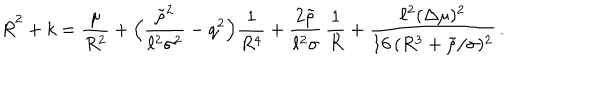
\dot { R } ^ { 2 } + k = \frac { \mu } { R ^ { 2 } } + \Bigl ( \frac { \tilde { \rho } ^ { 2 } } { \ell ^ { 2 } \sigma ^ { 2 } } - q ^ { 2 } \Bigr ) \frac { 1 } { R ^ { 4 } } + \frac { 2 \tilde { \rho } } { \ell ^ { 2 } \sigma } \, \frac { 1 } { R } + \frac { \ell ^ { 2 } ( \Delta \mu ) ^ { 2 } } { 1 6 \, ( R ^ { 3 } + \tilde { \rho } / \sigma ) ^ { 2 } } \, .